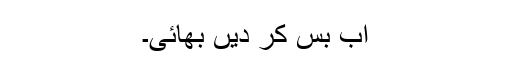
اب بس کر دیں بھائی۔